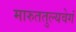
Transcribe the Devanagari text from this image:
मारुततुल्यवेगं